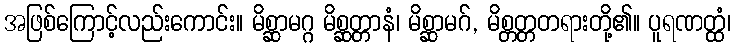
အဖြစ်ကြောင့်လည်းကောင်း။ မိစ္ဆာမဂ္ဂ မိစ္ဆတ္တာနံ၊ မိစ္ဆာမဂ်, မိစ္တတ္တတရားတို့၏။ ပူရဏတ္ထံ၊